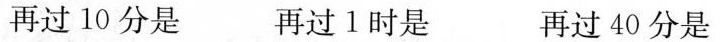
再过10分是 再过1时是 再过40分是